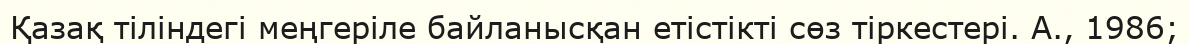
Қазақ тіліндегі меңгеріле байланысқан етістікті сөз тіркестері. А., 1986;